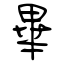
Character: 畢